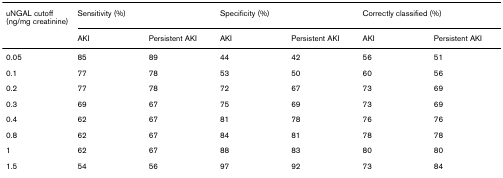
<table><thead><tr><td><b>uNGAL cutoff (ng/mg creatinine)</b></td><td colspan="2"><b>Sensitivity (%)</b></td><td colspan="2"><b>Specificity (%)</b></td><td colspan="2"><b>Correctly classified (%)</b></td></tr><tr><td></td><td><b>AKI</b></td><td><b>Persistent AKI</b></td><td><b>AKI</b></td><td><b>Persistent AKI</b></td><td><b>AKI</b></td><td><b>Persistent AKI</b></td></tr></thead><tbody><tr><td>0.05</td><td>85</td><td>89</td><td>44</td><td>42</td><td>56</td><td>51</td></tr><tr><td>0.1</td><td>77</td><td>78</td><td>53</td><td>50</td><td>60</td><td>56</td></tr><tr><td>0.2</td><td>77</td><td>78</td><td>72</td><td>67</td><td>73</td><td>69</td></tr><tr><td>0.3</td><td>69</td><td>67</td><td>75</td><td>69</td><td>73</td><td>69</td></tr><tr><td>0.4</td><td>62</td><td>67</td><td>81</td><td>78</td><td>76</td><td>76</td></tr><tr><td>0.8</td><td>62</td><td>67</td><td>84</td><td>81</td><td>78</td><td>78</td></tr><tr><td>1</td><td>62</td><td>67</td><td>88</td><td>83</td><td>80</td><td>80</td></tr><tr><td>1.5</td><td>54</td><td>56</td><td>97</td><td>92</td><td>73</td><td>84</td></tr></tbody></table>